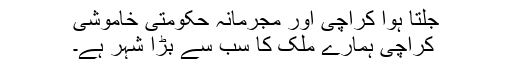
جلتا ہوا کراچی اور مجرمانہ حکومتی خاموشی
کراچی ہمارے ملک کا سب سے بڑا شہر ہے۔